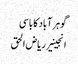
گوہر آباد کا باسی
انجینیر ریاض الحق